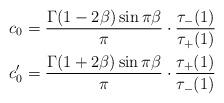
LaTeX: \begin{align*}\begin{aligned}c_{0} &= \frac{\Gamma(1-2\beta) \sin\pi\beta}{\pi} \cdot \frac{\tau_{-}(1)}{\tau_{+}(1)} \\c_{0}' &= \frac{\Gamma(1+2\beta) \sin\pi\beta}{\pi} \cdot \frac{\tau_{+}(1)}{\tau_{-}(1)}\end{aligned}\end{align*}